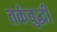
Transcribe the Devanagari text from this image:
तर्कबुद्धी